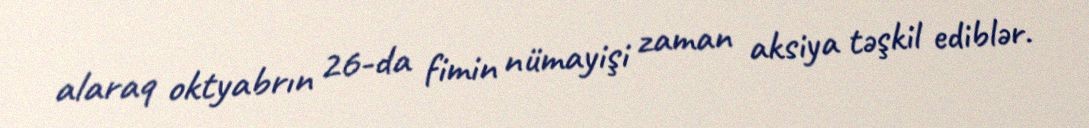
alaraq oktyabrın 26-da fimin nümayişi zaman aksiya təşkil ediblər.